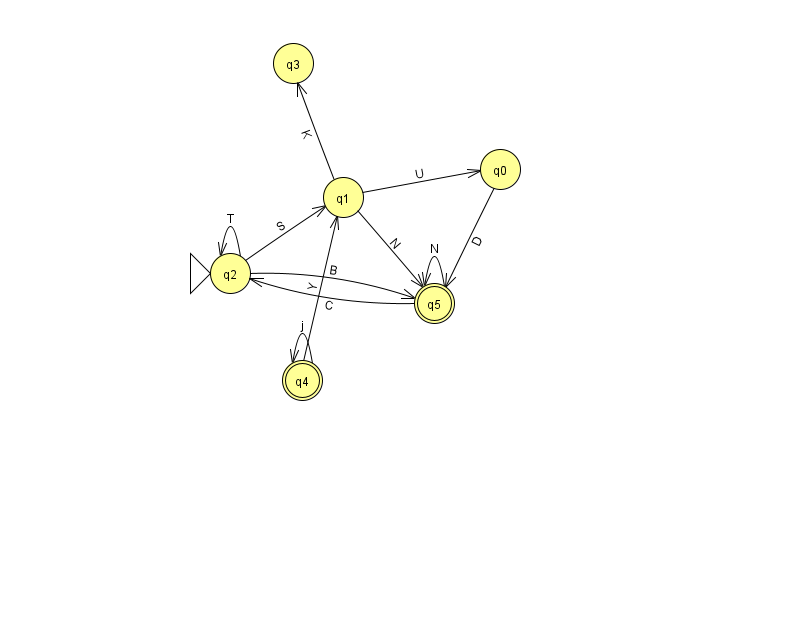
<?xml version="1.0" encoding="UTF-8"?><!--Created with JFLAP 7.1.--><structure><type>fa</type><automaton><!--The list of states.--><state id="0" name="q0"><x>500.0</x><y>156.0</y></state><state id="1" name="q1"><x>343.0</x><y>184.0</y></state><state id="2" name="q2"><x>230.0</x><y>260.0</y><initial/></state><state id="3" name="q3"><x>293.0</x><y>50.0</y></state><state id="4" name="q4"><x>302.0</x><y>367.0</y><final/></state><state id="5" name="q5"><x>434.0</x><y>290.0</y><final/></state><!--The list of transitions.--><transition><from>1</from><to>3</to><read>K</read></transition><transition><from>2</from><to>1</to><read>S</read></transition><transition><from>2</from><to>2</to><read>T</read></transition><transition><from>5</from><to>2</to><read>C</read></transition><transition><from>2</from><to>5</to><read>B</read></transition><transition><from>1</from><to>0</to><read>U</read></transition><transition><from>1</from><to>5</to><read>N</read></transition><transition><from>4</from><to>4</to><read>j</read></transition><transition><from>4</from><to>1</to><read>Y</read></transition><transition><from>0</from><to>5</to><read>D</read></transition><transition><from>5</from><to>5</to><read>N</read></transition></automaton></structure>